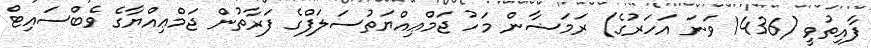
ފާއިތުވީ (1436 ވަނަ އަހަރުގެ) ރަމަޟާން މަހު ޖަމްޢިއްޔަތުސަލަފްގެ ފަރާތުން ޖަމްޢިއްޔާގެ ވެބްސައިޓް